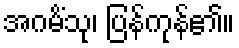
အဂမိံသု၊ ပြန်ကုန်၏။